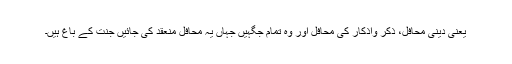
یعنی دینی محافل، ذکر واذکار کی محافل اور وہ تمام جگہیں جہاں یہ محافل منعقد کی جائیں جنت کے باغ ہیں۔